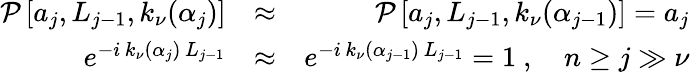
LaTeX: \begin{array}{rlr}{\mathcal{P}\left[a_{j},L_{j-1},k_{\nu}(\alpha_{j})\right]}&{\approx}&{\mathcal{P}\left[a_{j},L_{j-1},k_{\nu}(\alpha_{j-1})\right]=a_{j}}\\ {e^{-i\, k_{\nu}(\alpha_{j})\, L_{j-1}}}&{\approx}&{e^{-i\, k_{\nu}(\alpha_{j-1})\, L_{j-1}}=1\ ,\quad n\geq j\gg\nu}\end{array}